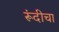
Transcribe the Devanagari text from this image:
रूंदीचा